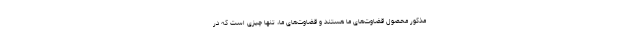
مذکور محصول قضاوت‌های ما هستند و قضاوت‌های ما، تنها چیزی است که در